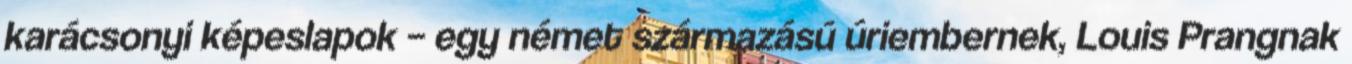
karácsonyi képeslapok – egy német származású úriembernek, Louis Prangnak